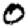
Digit: 0